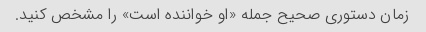
زمان دستوری صحیح جمله «او خواننده است» را مشخص کنید.